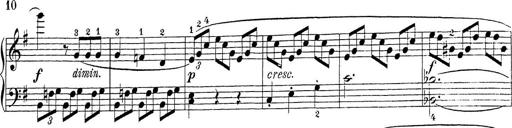
Title: Sonatina Album
Composer: Louis KÃ¶hler